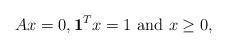
LaTeX: \begin{align*}Ax=0,\mathbf{1}^{T}x=1\mbox{ and }x\geq0,\end{align*}